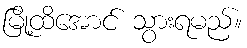
မြို့ထိအောင် သွားရမည်။